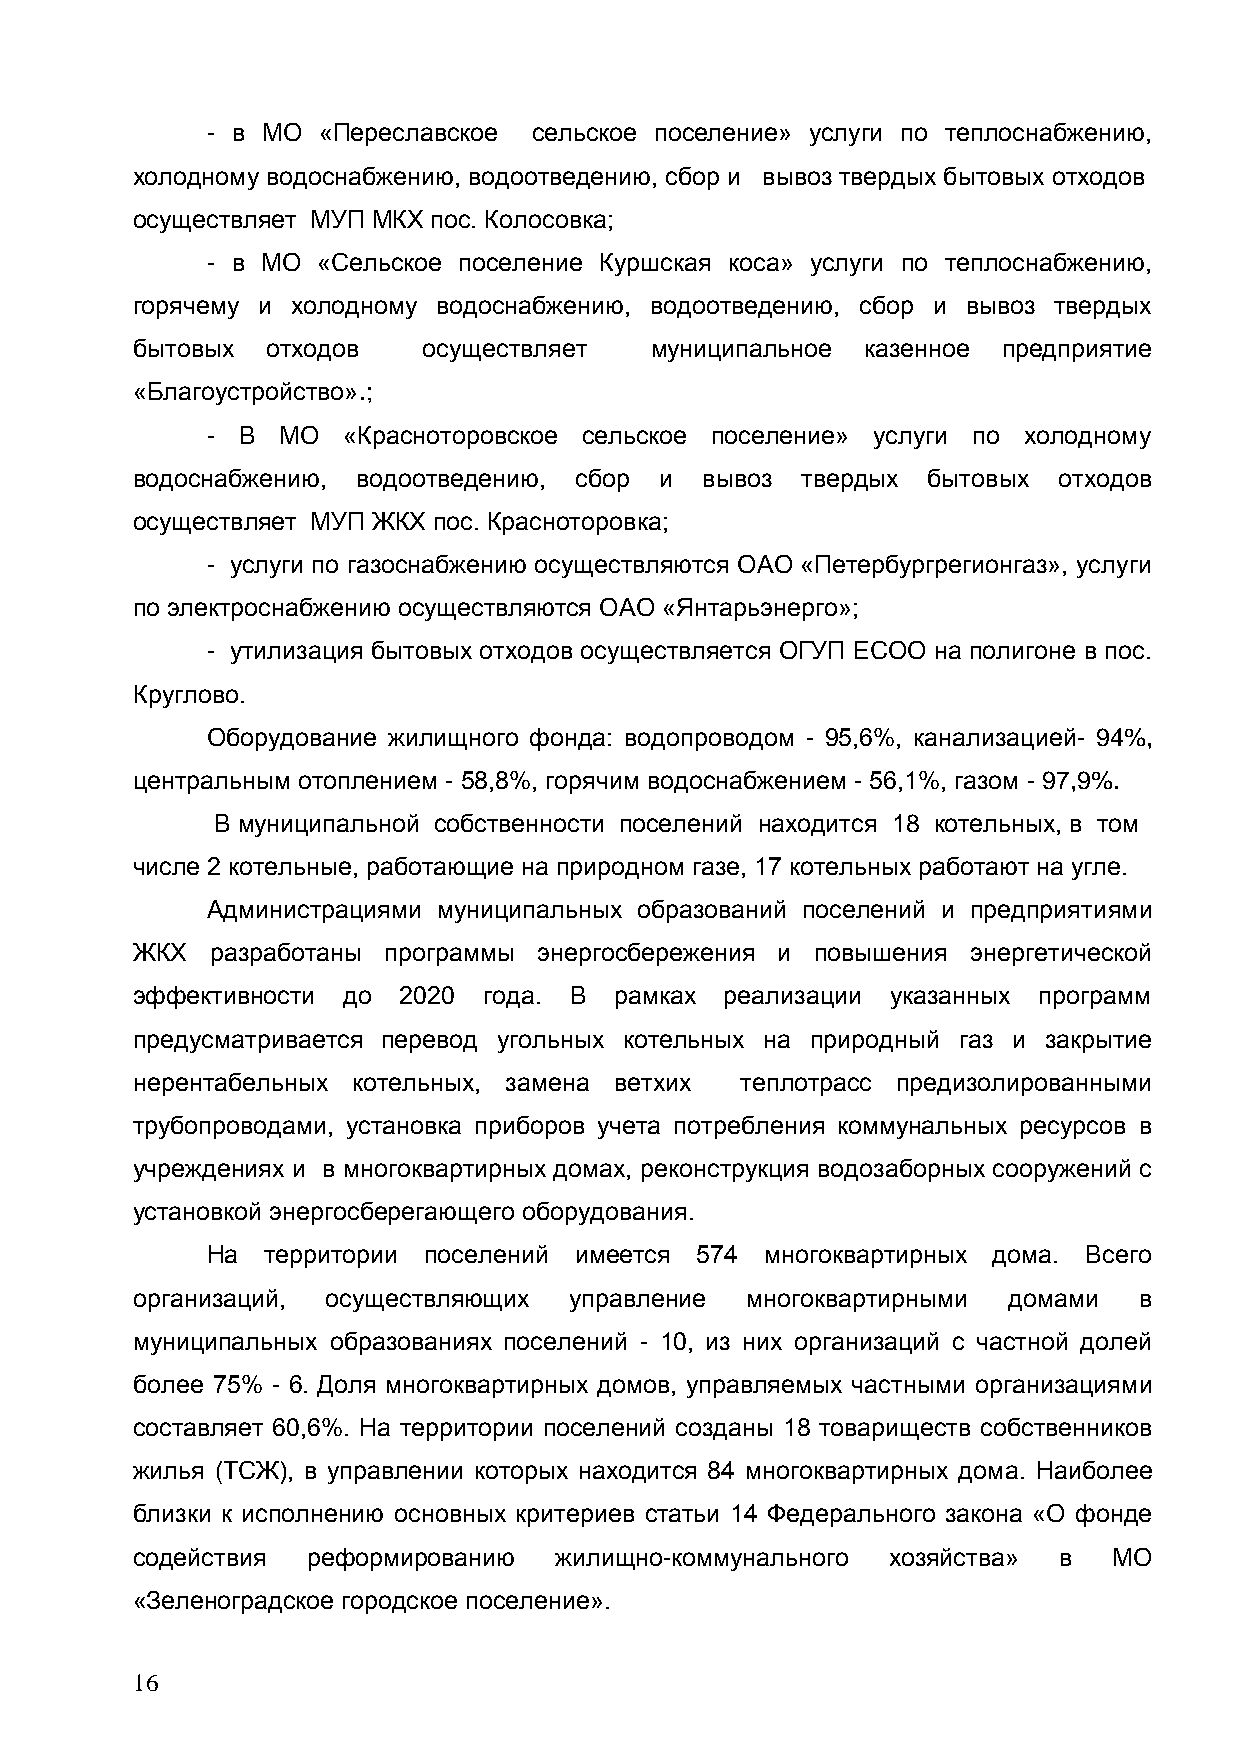
- в МО «Переславское сельское поселение» услуги по теплоснабжению,
 холодному водоснабжению, водоотведению, сбор и вывоз твердых бытовых отходов
 осуществляет МУП МКХ пос. Колосовка;
 - в МО «Сельское поселение Куршская коса» услуги по теплоснабжению,
 горячему и холодному водоснабжению, водоотведению, сбор и вывоз твердых
 бытовых  отходов   осуществляет   муниципальное казенное предприятие
 «Благоустройство».;
 - В  МО  «Красноторовское сельское поселение» услуги по холодному
 водоснабжению, водоотведению, сбор и вывоз  твердых бытовых  отходов
 осуществляет МУП ЖКХ пос. Красноторовка;
 - услуги по газоснабжению осуществляются ОАО «Петербургрегионгаз», услуги
 по электроснабжению осуществляются ОАО «Янтарьэнерго»;
 - утилизация бытовых отходов осуществляется ОГУП ЕСОО на полигоне в пос.
 Круглово.
 Оборудование жилищного фонда: водопроводом - 95,6%, канализацией- 94%,
 центральным отоплением - 58,8%, горячим водоснабжением - 56,1%, газом - 97,9%.
 В муниципальной собственности поселений находится 18 котельных, в том
 числе 2 котельные, работающие на природном газе, 17 котельных работают на угле.
 Администрациями муниципальных образований поселений и предприятиями
 ЖКХ  разработаны программы энергосбережения и повышения энергетической
 эффективности до 2020  года. В  рамках реализации указанных программ
 предусматривается перевод угольных котельных на природный газ и закрытие
 нерентабельных котельных, замена ветхих теплотрасс предизолированными
 трубопроводами, установка приборов учета потребления коммунальных ресурсов в
 учреждениях и в многоквартирных домах, реконструкция водозаборных сооружений с
 установкой энергосберегающего оборудования.
 На  территории поселений имеется 574 многоквартирных дома. Всего
 организаций, осуществляющих  управление многоквартирными  домами  в
 муниципальных образованиях поселений - 10, из них организаций с частной долей
 более 75% - 6. Доля многоквартирных домов, управляемых частными организациями
 составляет 60,6%. На территории поселений созданы 18 товариществ собственников
 жилья (ТСЖ), в управлении которых находится 84 многоквартирных дома. Наиболее
 близки к исполнению основных критериев статьи 14 Федерального закона «О фонде
 содействия реформированию   жилищно-коммунального хозяйства» в   МО
 «Зеленоградское городское поселение».
 16